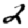
Digit: 2